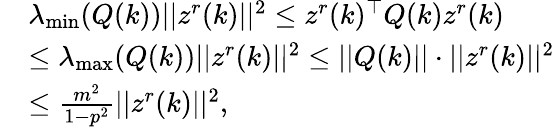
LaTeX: \begin{array}{rl}&{\lambda_{\operatorname*{min}}(Q(k))\lvert|z^{r}(k)\rvert|^{2}\leq z^{r}(k)^{\top}Q(k)z^{r}(k)}\\ &{\leq\lambda_{\operatorname*{max}}(Q(k))\lvert|z^{r}(k)\rvert|^{2}\leq\lvert|Q(k)\rvert|\cdot\lvert|z^{r}(k)\rvert|^{2}}\\ &{\leq\frac{m^{2}}{1-p^{2}}\lvert|z^{r}(k)\rvert|^{2},}\end{array}